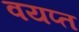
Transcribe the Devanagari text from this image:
वयप्त